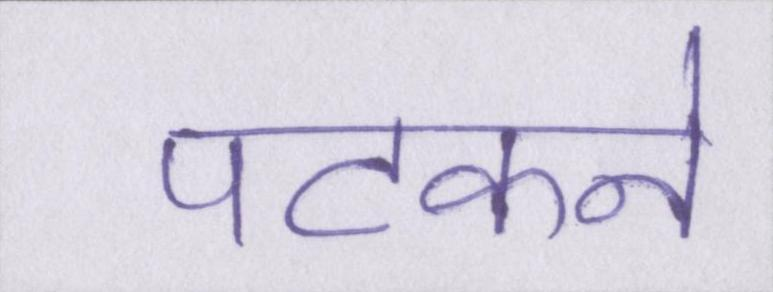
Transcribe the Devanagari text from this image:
पटकने